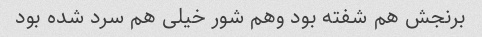
برنجش هم شفته بود وهم شور خیلی هم سرد شده بود